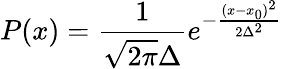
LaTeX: P(x)={\frac{1}{\sqrt{2\pi}\Delta}}e^{-{\frac{(x-x_{0})^{2}}{2\Delta^{2}}}}